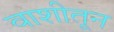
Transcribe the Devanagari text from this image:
वाशीतून